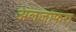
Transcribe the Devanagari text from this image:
अलजाफरा